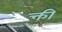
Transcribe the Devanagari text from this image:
क्ती